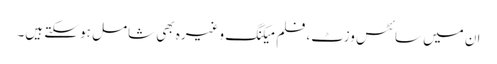
ان میں سائٹس وزٹ، فلم میکنگ وغیرہ بھی شامل ہو سکتے ہیں۔